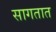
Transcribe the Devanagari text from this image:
सागतात